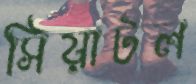
সিয়াটল